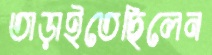
তাড়াইতেছিলেন